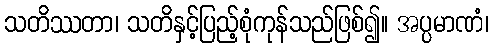
သတိဿတာ၊ သတိနှင့်ပြည့်စုံကုန်သည်ဖြစ်၍။ အပ္ပမာဏံ၊